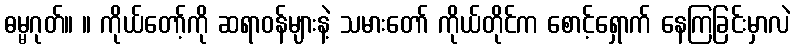
ဓမ္မဂုတ်။ ။ ကိုယ်တော့်ကို ဆရာဝန်များနဲ့ သမားတော် ကိုယ်တိုင်က စောင့်ရှောက် နေကြခြင်းမှာလဲ